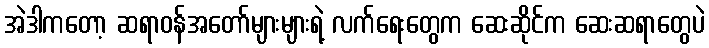
အဲဒါကတော့ ဆရာဝန်အတော်များများရဲ့ လက်ရေးတွေက ဆေးဆိုင်က ဆေးဆရာတွေပဲ